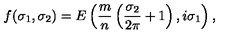
f ( \sigma _ { 1 } , \sigma _ { 2 } ) = E \left( \frac { m } { n } \left( \frac { \sigma _ { 2 } } { 2 \pi } + 1 \right) , i \sigma _ { 1 } \right) ,